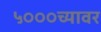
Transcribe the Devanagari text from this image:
५०००च्यावर